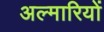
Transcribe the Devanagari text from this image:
अल्मारियों